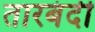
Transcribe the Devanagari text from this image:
तारबंदी